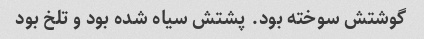
گوشتش سوخته بود. پشتش سیاه شده بود و تلخ بود